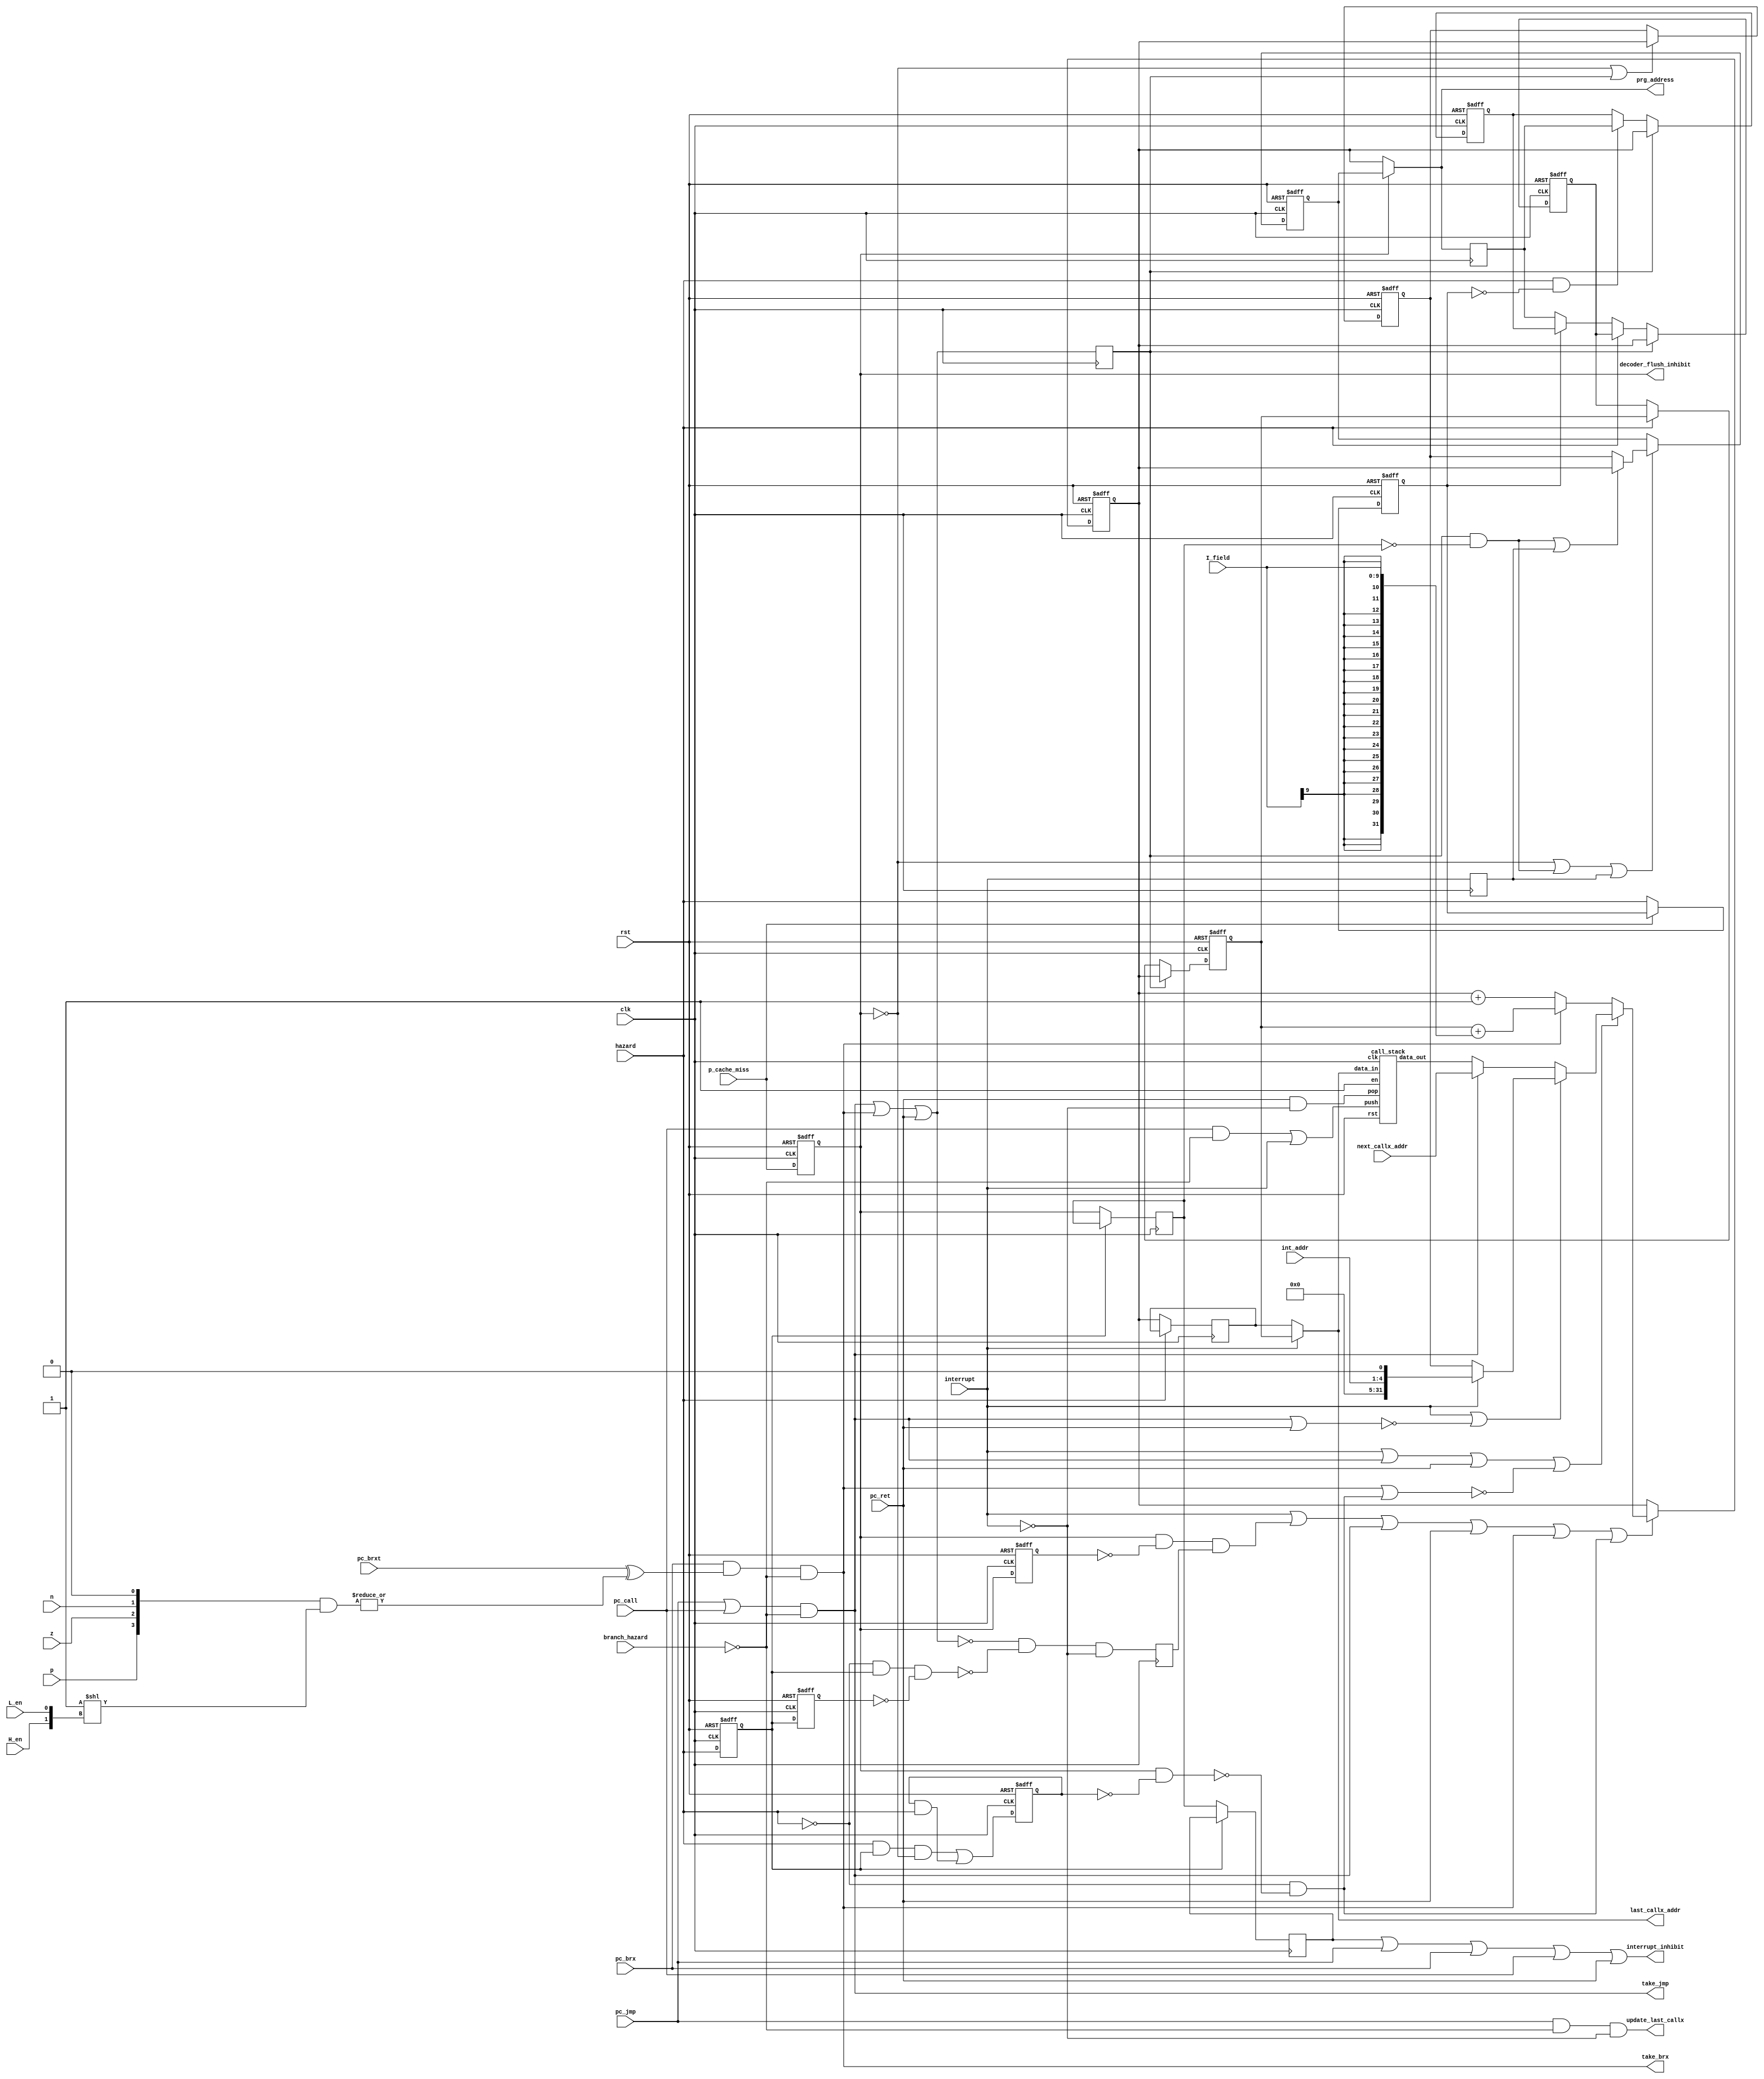
module PC(
		input wire clk,
		input wire rst,
		input wire pc_jmp,
		input wire pc_brx,
		input wire pc_brxt,
		input wire pc_call,
		input wire pc_ret,
		input wire H_en,
		input wire L_en,
		input wire interrupt,
		input wire[3:0] int_addr,
		input wire hazard,
		input wire branch_hazard,
		input wire p_cache_miss,
		input wire[31:0] next_callx_addr,
		output wire[31:0] last_callx_addr,
		output wire update_last_callx,
		input wire[9:0] I_field,
		input wire n, z, p,
		output wire take_brx,
		output wire take_jmp,
		output wire decoder_flush_inhibit,
		output wire interrupt_inhibit,
		output wire[31:0] prg_address);
// PC sources:
	//PC + 1
	//brx
	//jmp, ret
	//int, A_miss_next
reg decoder_prev_hazard;
reg pc_hazard1;
reg pc_hazard2;
reg p_miss_override;	//during P miss, forces PC increment when hazard is cleared
reg p_miss;
reg prev_p_miss;
reg prev_branch_taken;
reg[31:0] A_miss, A_miss_next;
reg[31:0] A_next_I;
reg[31:0] PC_reg;
reg[31:0] A_current_I, A_current_I_alternate, A_pipe0;//, A_pipe1;
reg[31:0] A_return;
wire[31:0] stack_out;
wire[31:0] stack_in;
wire stack_en;
wire stack_push;
wire stack_pop;
reg delay_p_miss;	//used to determine if the instruction in the branch delay slot resulted in a miss
reg prev_delay_p_miss;
wire single_hazard;	//indicates that prev hazard was a single cycle hazard
wire branch_taken;
reg backtrack_enable;	//causes PC to be restored to A_miss_next on first cycle of p_miss
reg prev_interrupt;

assign take_brx = pc_brx & (pc_brxt ^ |({p, z, n, 1'b0} & (1 << {H_en, L_en}))) & ~branch_hazard;
assign take_jmp = (pc_jmp | pc_call) & ~branch_hazard;
assign stack_in = interrupt ? A_pipe0 : A_return;
assign stack_en = 1'b1;
assign stack_push = (pc_call & ~branch_hazard) | interrupt;
assign stack_pop = pc_ret & ~interrupt;
assign decoder_flush_inhibit = p_miss;
assign single_hazard = ~hazard & pc_hazard1 & ~pc_hazard2;
assign branch_taken = ((pc_jmp | pc_call) & ~branch_hazard) | take_brx | pc_ret;
assign interrupt_inhibit = prev_delay_p_miss | pc_jmp | pc_brx | pc_call | pc_ret;

assign last_callx_addr = stack_in;
assign update_last_callx = pc_jmp & (~branch_hazard) & (~interrupt);

call_stack cstack0(.rst(rst), .clk(clk), .en(stack_en), .push(stack_push), .pop(stack_pop), .data_in(stack_in), .data_out(stack_out));

always @(posedge clk)
begin
	if(~hazard)
		A_return <= PC_reg;
	A_next_I <= prg_address;
	if(~pc_hazard1)
	begin
		delay_p_miss <= p_miss;
		prev_delay_p_miss <= delay_p_miss;
	end
	prev_branch_taken <= branch_taken;
	backtrack_enable <= ~branch_taken & ~single_hazard & ~interrupt;	//p_miss_override will not trigger on single cycle hazards, so we don't want to backtrack in that case
	prev_interrupt <= interrupt;
end

always @(posedge clk or posedge rst)	//reset needs not be asynchronous, but doing this eliminates a mux and improves timing.
begin
	if(rst)
	begin
		decoder_prev_hazard <= 1'b0;
		pc_hazard1 <= 1'b0;
		pc_hazard2 <= 1'b0;
		p_miss_override <= 1'b0;
		p_miss <= 1'b0;
		prev_p_miss <= 1'b0;
		A_miss <= 32'h0000;
		A_miss_next <= 32'h0000;
		A_current_I_alternate <= 32'h0000;
		A_current_I <= 32'h0000;
		A_pipe0 <= 32'h0000;
	end
	else
	begin
		pc_hazard1 <= hazard;
		pc_hazard2 <= pc_hazard1;
		//p_miss override will not trigger on single cycle hazards because that would prevent backtracking and effectively do a double increment
		p_miss_override <= (hazard & pc_hazard1 & ~p_miss) | (p_miss_override & hazard);	//set if pc_hazard1 before p_miss, cleared when no hazard
		p_miss <= p_cache_miss;
		prev_p_miss <= p_miss;
		if(~p_miss | prev_branch_taken)
		begin
			A_miss_next <= PC_reg;
		end

		if(~p_miss | (prev_branch_taken & ~delay_p_miss) | prev_interrupt)	//check delay_p_miss to make sure the instruction after the branch has been fetched before changing address
		begin
			if((prev_branch_taken & ~delay_p_miss) | prev_interrupt)
				A_miss <= PC_reg;
			else
				A_miss <= A_miss_next;
		end

		if(~p_cache_miss)
		begin
			decoder_prev_hazard <= hazard;
		end
		if(hazard && ~decoder_prev_hazard)
			A_current_I_alternate <= A_next_I;
		if(~hazard)
		begin
			if(decoder_prev_hazard)
				A_current_I <= A_current_I_alternate;
			else
				A_current_I <= A_next_I;
			A_pipe0 <= A_current_I;
		end
		
		if(prev_branch_taken)	//assign new address to flushed instructions in case of interrupt.
		begin
			A_current_I_alternate <= PC_reg;
			A_current_I <= PC_reg;
			A_pipe0 <= PC_reg;	//TODO: does this change for delayed branches?
		end
	end
end

//mux priority:
// 0: interrupt
// 1: ((pc_jmp | pc_call) & ~branch_hazard)
// 2: pc_ret
// 3: take_brx
// 4: (~hazard & ~(p_miss & ~p_miss_override))
// 5: (p_miss & ~prev_p_miss & backtrack_enable)
//Note that mutual exclusivity between 4 and 5 is sacrificed to obtain a simpler expression for 5
always @(posedge clk or posedge rst)
begin
	if(rst)
	begin
		PC_reg <= 16'h0000;
	end
	else if(interrupt | (p_miss & ~prev_p_miss & backtrack_enable) | ((pc_jmp | pc_call) & ~branch_hazard) | pc_ret | take_brx | (~hazard & ~(p_miss & ~p_miss_override)))
	begin
		if(interrupt | ((pc_jmp | pc_call) & ~branch_hazard) | pc_ret | ~(take_brx | (~hazard & ~(p_miss & ~p_miss_override))))
		begin
			if(interrupt | ~(((pc_jmp | pc_call) & ~branch_hazard) | pc_ret))
			begin
				if(interrupt)
				begin
					PC_reg <= {27'h0000000, int_addr, 1'b0};
				end
				else	//p_miss & ~prev_p_miss & backtrack_enable
				begin
					PC_reg <= A_miss_next;
				end
			end
			else	//((pc_jmp | pc_call) & ~branch_hazard) | pc_ret
			begin
				if((pc_jmp | pc_call) & ~branch_hazard)
				begin
					PC_reg <= next_callx_addr;
				end
				else	//pc_ret
				begin
					PC_reg <= stack_out;
				end
			end
		end
		else	//(take_brx) | (~hazard & ~(p_miss & ~p_miss_override))
		begin
			if(take_brx)
			begin
				PC_reg <= A_pipe0 + {{22{I_field[9]}}, I_field};
			end
			else	//(~hazard & ~(p_miss & ~p_miss_override))
			begin
				PC_reg <= PC_reg + 32'h01;
			end
		end
	end
end

assign prg_address = p_miss ? A_miss : PC_reg;
endmodule	//PC

module call_stack(input wire rst, clk, en, push, pop, input wire[31:0] data_in, output wire[31:0] data_out);
reg[3:0] address;
reg[31:0] input_buf;
reg[31:0] output_buf;
reg prev_push;
(* ramstyle = "logic" *) reg[31:0] stack_mem[15:0];

always @(posedge clk or posedge rst)
begin
	if(rst)
	begin
		address <= 4'b0000;
	end
	else if(en & (push | pop))
	begin
		address <= address + {{3{pop}}, 1'b1};
	end
end

always @(posedge clk)
begin
    if(en)
    begin
      input_buf <= data_in;
		prev_push <= push;
		output_buf <= stack_mem[address];
		if(prev_push)
			stack_mem[address] <= input_buf;
    end
end
assign data_out = output_buf;
endmodule	//call_stack